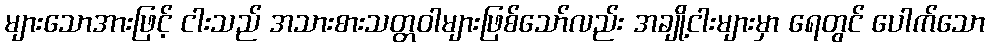
များသောအားဖြင့် ငါးသည် အသားစားသတ္တဝါများဖြစ်သော်လည်း အချို့ငါးများမှာ ရေတွင် ပေါက်သော